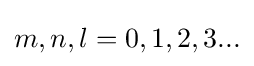
{\textstyle m,n,l=0,1,2,3...}